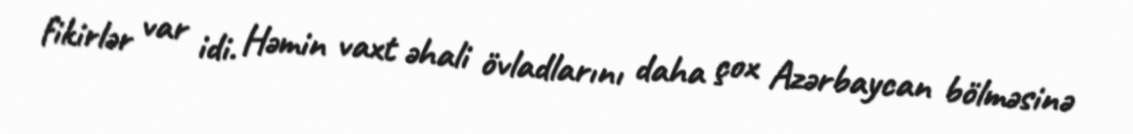
fikirlər var idi. Həmin vaxt əhali övladlarını daha çox Azərbaycan bölməsinə